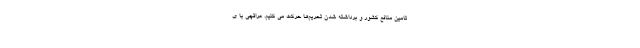
تامین منافع کشور و برداشته شدن تحریم‌ها حرکت می کنیم. عراقچی با ی